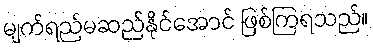
မျက်ရည်မဆည်နိုင်အောင် ဖြစ်ကြရသည်။